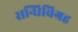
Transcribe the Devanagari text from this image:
सन्धिविग्रह